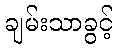
ချမ်းသာခွင့်